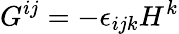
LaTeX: G^{ij}=-\epsilon_{ijk}H^{k}